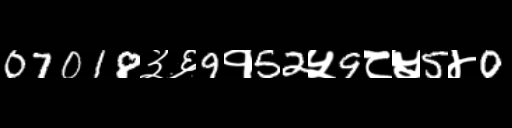
Text: 07018३६9१52५9८५5४0